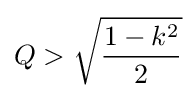
Q>{\sqrt {\frac {1-k^{2}}{2}}}